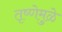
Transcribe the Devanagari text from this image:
तृष्णेमुळे